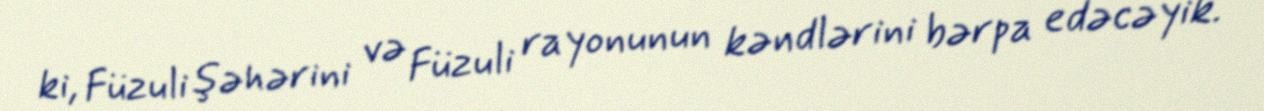
ki, Füzuli şəhərini və Füzuli rayonunun kəndlərini bərpa edəcəyik.